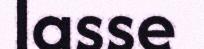
lasse